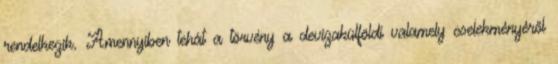
rendelkezik. Amennyiben tehát a törvény a devizakülföldi valamely cselekményéről